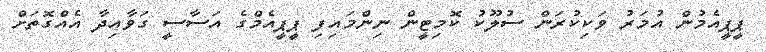
ޕީޕީއެމުން އުމަރު ވަކިކުރަން ސުލޫކު ކޮމިޓީން ނިންމައިފި ޕީޕީއެމްގެ އަސާސީ ގަވާއިދާ އެއްގޮތަށް